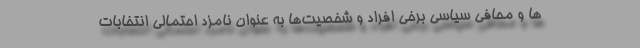
ها و محافی سیاسی برخی افراد و شخصیت‌ها به عنوان نامزد احتمالی انتخابات